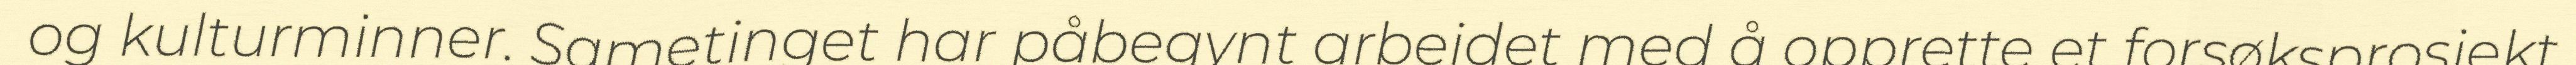
og kulturminner. Sametinget har påbegynt arbeidet med å opprette et forsøksprosjekt